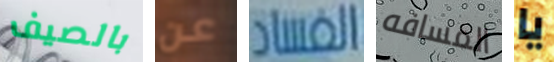
بالصيف عن الفساد المسافه يا